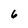
Character: 6